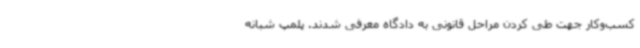
کسب‌وکار جهت طی کردن مراحل قانونی به دادگاه معرفی شدند. پلمپ شبانه